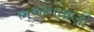
ભજનવાણી